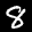
Label: 8